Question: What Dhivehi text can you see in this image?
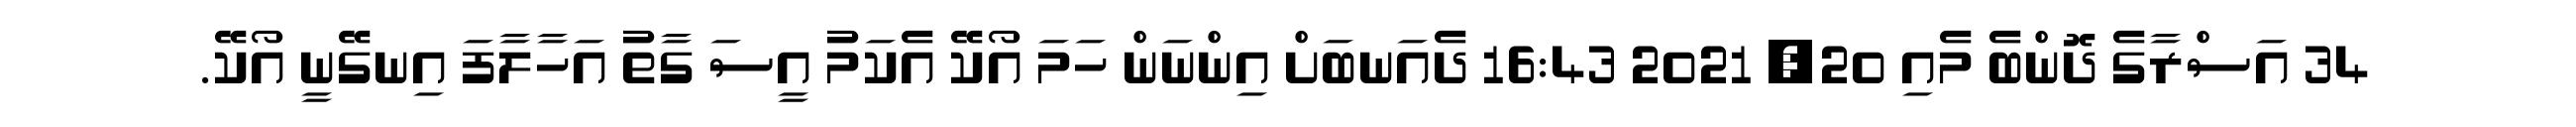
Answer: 34 އަސްރާގެ ދޮންބެ މެއި 20, 2021 16:43 ދެއަނބަށް އިންނަން ހަމަ އޯކޭ އެކަމު އީސަ ގާތު އަހާލާފަ އިނގޭނީ އޯކޭ.